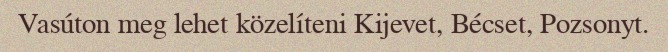
Vasúton meg lehet közelíteni Kijevet, Bécset, Pozsonyt.